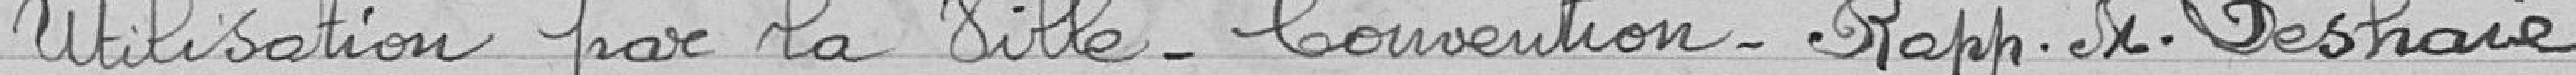
Utilisation par la Ville. Convention. Rapp. M. Deshare